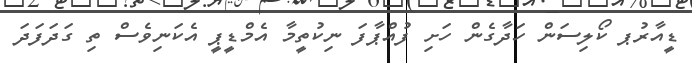
ޑީއާރުޕ ކޯލިސަން ހަދާގެން ހަށި ފުއްޕާފަ ނިކުތީމާ އެމްޑީޕީ އެކަނިވެސް ތި ގަދަފަދަ